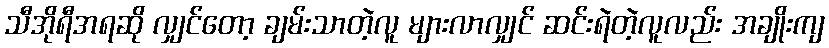
သီအိုရီအရဆို လျှင်တော့ ချမ်းသာတဲ့လူ များလာလျှင် ဆင်းရဲတဲ့လူလည်း အချိုးကျ